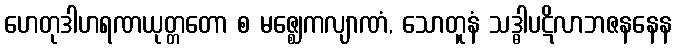
ဟေတုဒါဟရဏယုတ္တတော စ မဇ္ဈေကလျာဏံ, သောတူနံ သဒ္ဓါပဋိလာဘဇနနေန